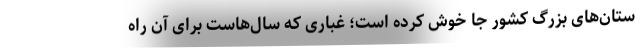
ستان‌های بزرگ کشور جا خوش کرده است؛ غباری که سال‌هاست برای آن راه